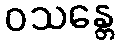
ဝသန္တေ